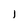
Character: l